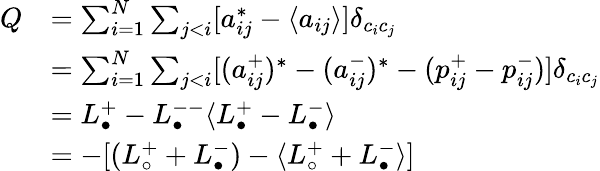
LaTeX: \begin{array}{rl}{Q}&{=\sum_{i=1}^{N}\sum_{j<i}[a_{ij}^{*}-\langle a_{ij}\rangle]\delta_{c_{i}c_{j}}}\\ &{=\sum_{i=1}^{N}\sum_{j<i}[(a_{ij}^{+})^{*}-(a_{ij}^{-})^{*}-(p_{ij}^{+}-p_{ij}^{-})]\delta_{c_{i}c_{j}}}\\ &{=L_{\bullet}^{+}-L_{\bullet}^{--}\langle L_{\bullet}^{+}-L_{\bullet}^{-}\rangle}\\ &{=-[(L_{\circ}^{+}+L_{\bullet}^{-})-\langle L_{\circ}^{+}+L_{\bullet}^{-}\rangle]}\end{array}